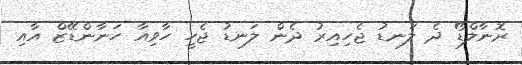
ރޮނާލްޑޯ ދެ ލަނޑު ޖެހިއިރު ދެން ލަނޑު ޖެހީ ހާވިއާ ހަނާންޑޭޒް އާއި